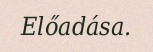
Előadása.